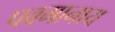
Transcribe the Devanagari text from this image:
पवमानाय